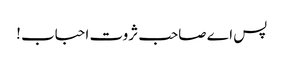
پس اے صاحب ثروت احباب !